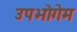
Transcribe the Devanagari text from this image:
उपभोगेम